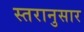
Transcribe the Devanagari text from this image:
स्तरानुसार